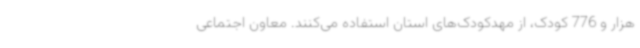
هزار و 776 کودک، از مهدکودک‌های استان استفاده می‌کنند. معاون اجتماعی